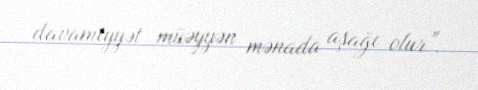
davamiyyət müəyyən mənada aşağı olur”.